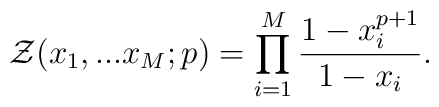
{\cal Z}(x_1,...x_M;p)=\prod_{i=1}^{M}\frac{1-x_i^{p+1}}{1-x_i}.